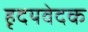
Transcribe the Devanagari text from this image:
हृदयवेदक